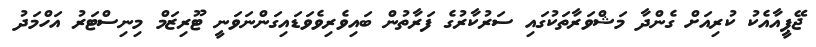
ޖޭޕީއާއެކު ކުރިއަށް ގެންދާ މަޝްވަރާތަކުގައި ސަރުކާރުގެ ފަރާތުން ބައިވެރިވެވަޑައިގަންނަވަނީ ޓޫރިޒަމް މިނިސްޓަރު އަހްމަދު